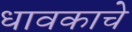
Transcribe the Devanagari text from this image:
धावकाचे